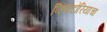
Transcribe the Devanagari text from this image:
व्हिक्टोरियाचा